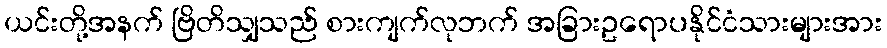
ယင်းတို့အနက် ဗြိတိသျှသည် စားကျက်လုဘက် အခြားဥရောပနိုင်ငံသားများအား